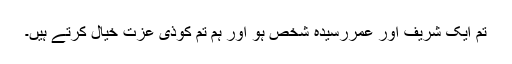
تم ایک شریف اور عمررسیدہ شخص ہو اور ہم تم کوذی عزت خیال کرتے ہیں۔